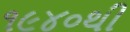
૧૯૪૦થી